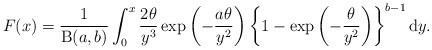
LaTeX: \begin{align*}F(x) =\frac{1}{\operatorname{B}(a,b)}\int^{x}_{0}\frac{2\theta}{y^{3}}\exp\left(-\frac{a\theta}{y^{2}}\right)\left\{1 - \exp\left(-\frac{\theta}{y^{2}}\right)\right\}^{b-1}\mathrm{d}y.\end{align*}